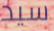
سيد